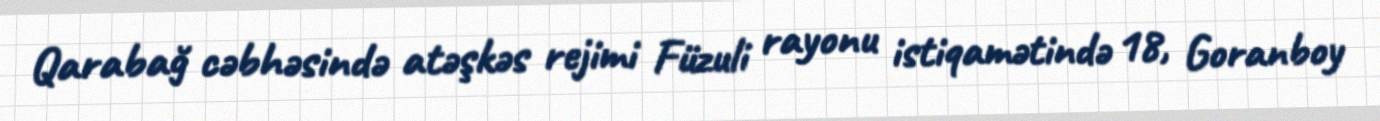
Qarabağ cəbhəsində atəşkəs rejimi Füzuli rayonu istiqamətində 18, Goranboy